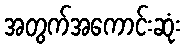
အတွက်အကောင်းဆုံး